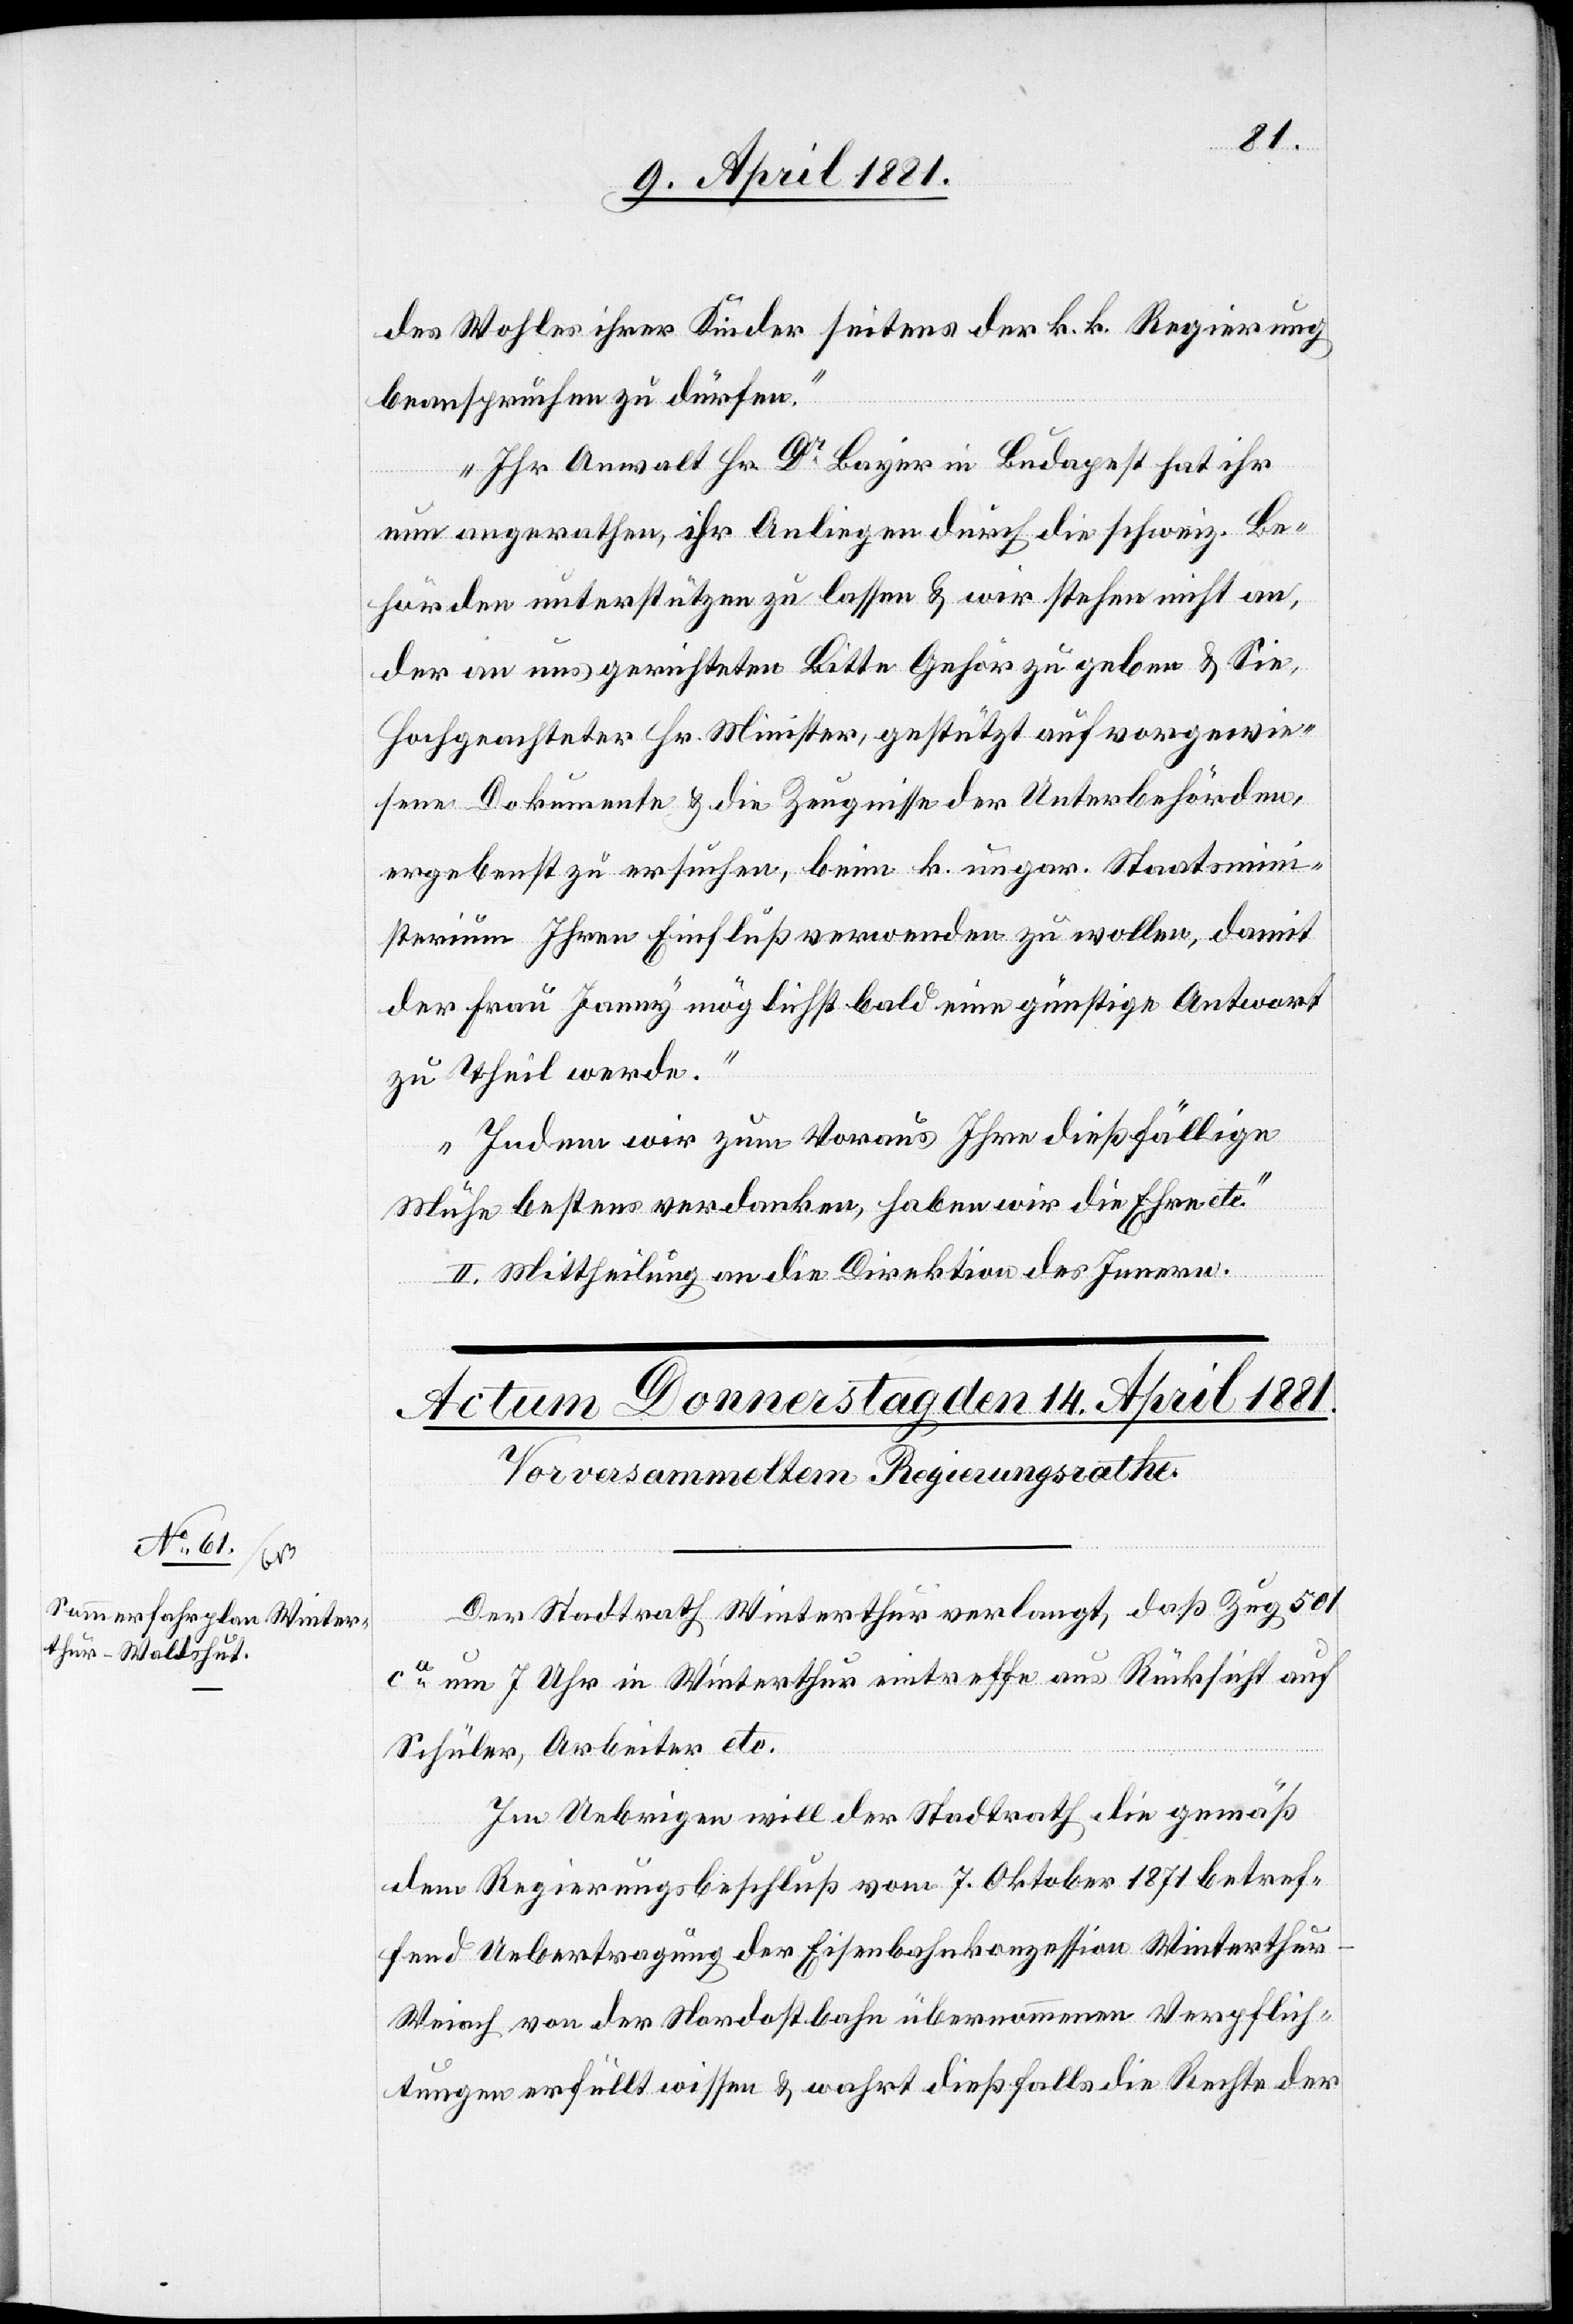
des Wohles ihrer Kinder seitens der k. k. Regierung
beanspruchen zu dürfen.
Ihr Anwalt Hr. Dr Bayer in Budapest hat ihr
nun angerathen, ihr Anliegen durch die schweiz. Be¬
hörden unterstützen zu lassen & wir stehen nicht an
der an uns gerichteten Bitte Gehör zu geben & Sie,
hochgeachteter Hr. Minister, gestützt auf vorgewie¬
sene Dokumente & die Zeugnisse der Unterbehörden,
ergebenst zu ersuchen, beim k. ungar. Staatsmini¬
sterium Ihren Einfluß verwenden zu wollen, damit
der Frau Janny möglichst bald eine günstige Antwort
zu Theil werde.
Indem wir zum Voraus Ihre dießfällige
Mühe bestens verdanken, haben wir die Ehre etc.“
II. Mittheilung an die Direktion des Innern.
Der Stadtrath Winterthur verlangt, daß Zug 501
ca um 7 Uhr in Winterthur eintreffe aus Rücksicht auf
Schüler, Arbeiter etc.
Im Uebrigen will der Stadtrath die gemäß
dem Regierungsbeschluß vom 7. Oktober 1871 betref¬
fend Uebertragung der Eisenbahnkonzession Winterthu¬
r–Weiach von der Nordostbahn übernommenen Verpflich¬
tungen erfüllt wissen & wahrt dießfalls die Rechte der